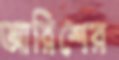
আরিশের